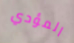
المؤدي